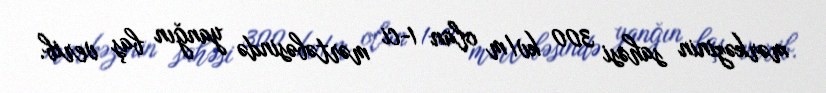
mərkəzinin sahəsi 300 kv/m olan 1-ci mərtəbəsində yanğın baş verib.